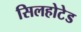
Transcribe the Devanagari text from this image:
सिलहोटेड